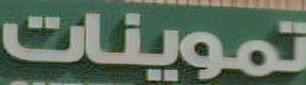
تموينات